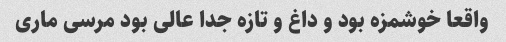
واقعا خوشمزه بود و داغ و تازه جدا عالی بود مرسی ماری